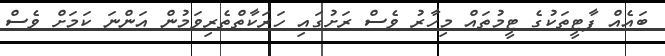
ބައެއް ޕާޓީތަކުގެ ޓީމުތައް މިހާރު ވެސް ރަށުގައި ހަރަކާތްތެރިވަމުން އަންނަ ކަމަށް ވެސް